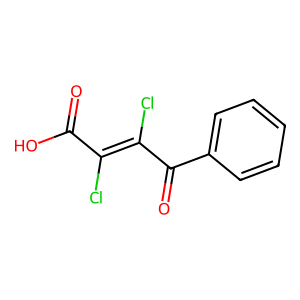
SMILES: O=C(O)C(Cl)=C(Cl)C(=O)c1ccccc1
Inhibits HIV replication: No